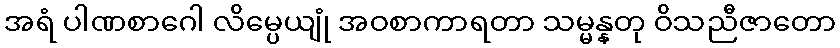
အရံ ပါဏစာဂေါ လိမ္ပေယျုံ အဝစာကာရတာ သမ္မန္နတု ဝိသညီဇာတော